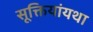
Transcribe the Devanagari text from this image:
सूक्तियांयथा